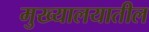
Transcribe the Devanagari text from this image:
मुख्यालयातील